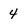
Character: 4